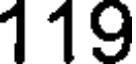
119